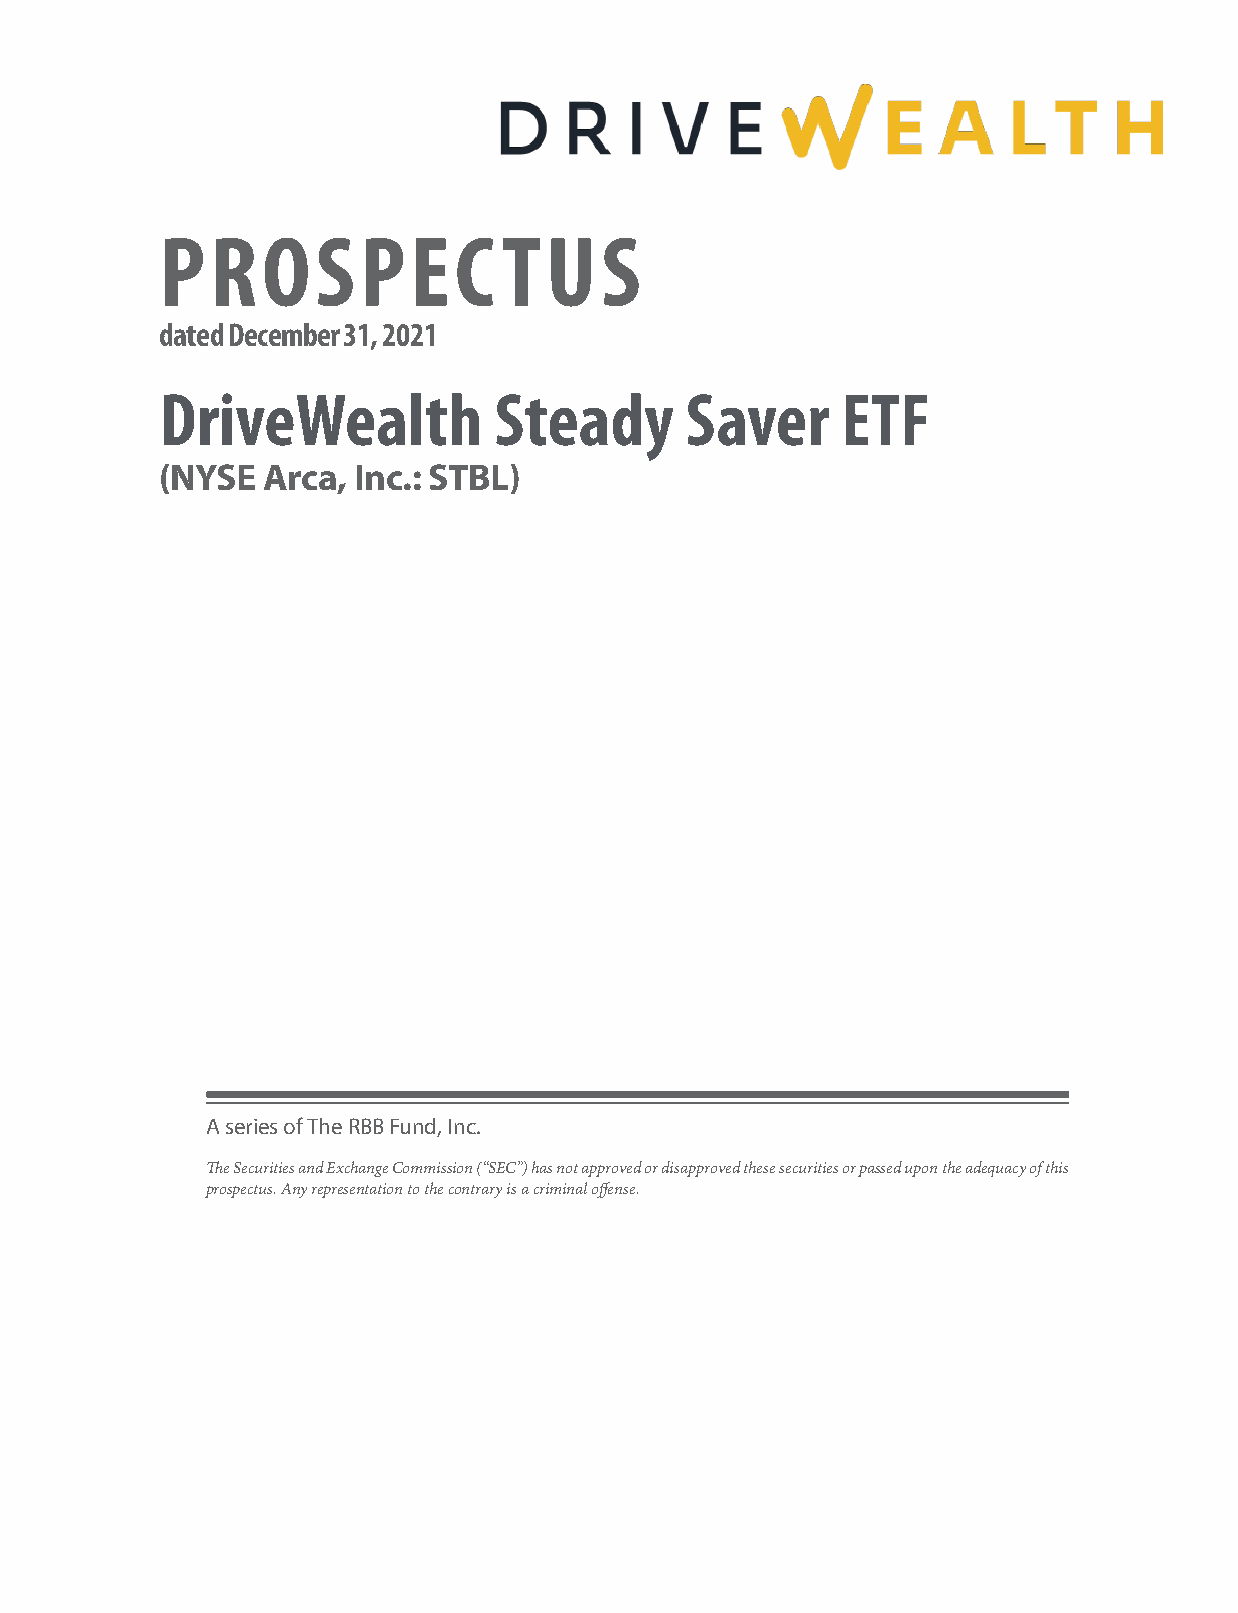
PROSPEC               TUS
 dated December 31, 2021
 DriveWealth           Steady      Saver      ETF
 (NYSE Arca, Inc.: STBL)
 A series of The RBB Fund, Inc.
 The Securities and Exchange Commission (“SEC”) has not approved or disapproved these securities or passed upon the adequacy of this
 prospectus. Any representation to the contrary is a criminal offense.